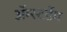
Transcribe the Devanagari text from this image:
अॅम्स्टडॅम